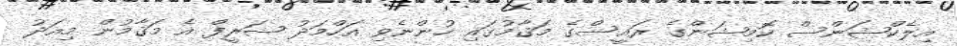
އިލެކްޝަންސް ކޮމިޝަންގެ ރައީސްގެ މަޤާމުގައި ހުންނެވި އަހްމަދު ޝަރީފް އެ މަޤާމުން މިއަދު